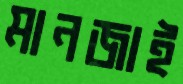
মানজাই